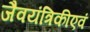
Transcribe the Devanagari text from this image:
जैवयंत्रिकीएवं